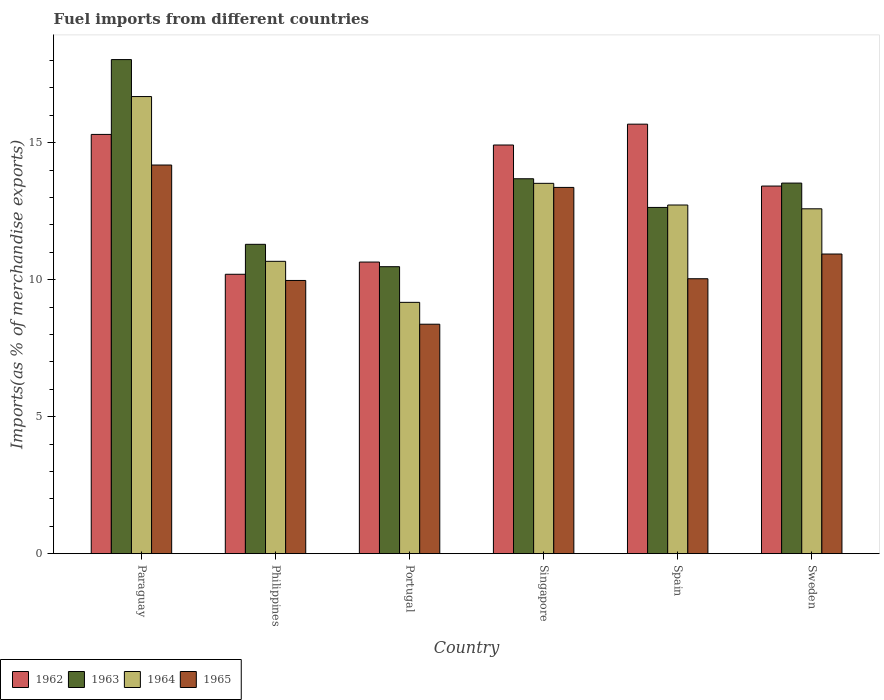
| Country | 1962 | 1963 | 1964 | 1965 |
 | --- | --- | --- | --- | --- |
 | Paraguay | 15.3 | 18 | 16.7 | 14.2 |
 | Philippines | 10.2 | 11.3 | 10.7 | 9.97 |
 | Portugal | 10.6 | 10.5 | 9.17 | 8.37 |
 | Singapore | 14.9 | 13.7 | 13.5 | 13.4 |
 | Spain | 15.7 | 12.6 | 12.7 | 10 |
 | Sweden | 13.4 | 13.5 | 12.6 | 10.9 |